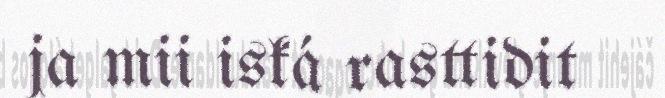
ja mii iská rasttidit